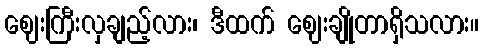
ဈေးကြီးလှချည့်လား၊ ဒီထက် ဈေးချိုတာရှိသလား။